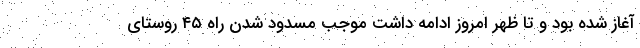
آغاز شده بود و تا ظهر امروز ادامه داشت موجب مسدود شدن راه ۴۵ روستای